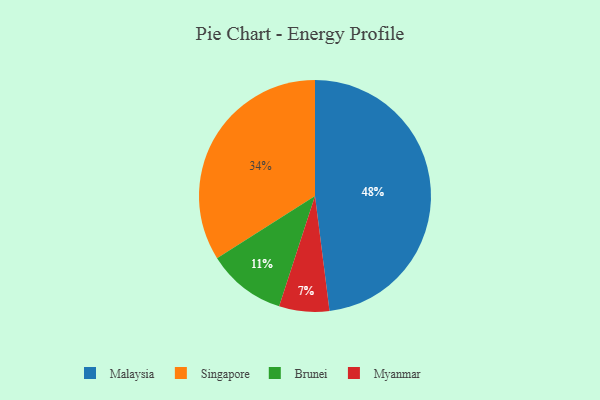
{"axis": {"x": "Category", "y": "Percentage"}, "legend": ["Brunei", "Malaysia", "Myanmar", "Singapore"], "data": [{"x": "Brunei", "y": 11, "type": "Brunei"}, {"x": "Singapore", "y": 34, "type": "Singapore"}, {"x": "Myanmar", "y": 7, "type": "Myanmar"}, {"x": "Malaysia", "y": 48, "type": "Malaysia"}]}